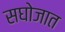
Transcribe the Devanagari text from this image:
सघोजात